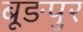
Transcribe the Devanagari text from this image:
बूङपुर